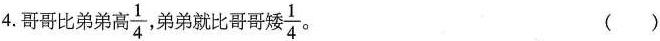
4.哥哥比弟弟高\frac{1}{4},弟弟就比哥哥矮\frac{1}{4}。 ()